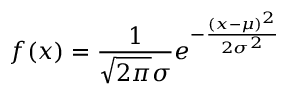
f ( x ) = { \frac { 1 } { { \sqrt { 2 \pi } } \sigma } } e ^ { - { \frac { ( x - \mu ) ^ { 2 } } { 2 \sigma ^ { 2 } } } }